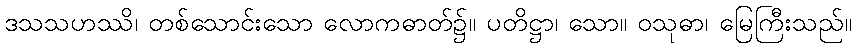
ဒသသဟဿိ၊ တစ်သောင်းသော လောကဓာတ်၌။ ပတိဋ္ဌာ၊ သော။ ဝသုဓာ၊ မြေကြီးသည်။